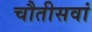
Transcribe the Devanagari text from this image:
चौतीसवां